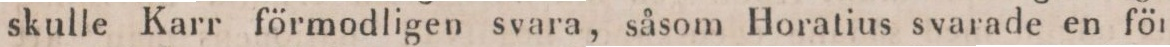
skulle Karr förmodligen svara, såsom Horatius svarade en för